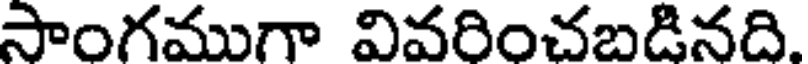
సాంగముగా వివరించబడినది.